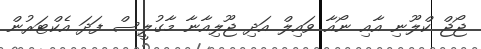
ޖޯޖް ކްލޫނި އާއި ނޯއާ ވައިލް އަދި ޖޫލިއާނާ މާގުލީސް ފަދަ އެކްޓަރުން